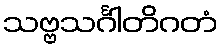
သဗ္ဗသင်္ဂါတိဂတံ